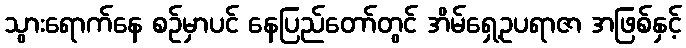
သွားရောက်နေ စဉ်မှာပင် နေပြည်တော်တွင် အိမ်ရှေ့ဥပရာဇာ အဖြစ်နှင့်